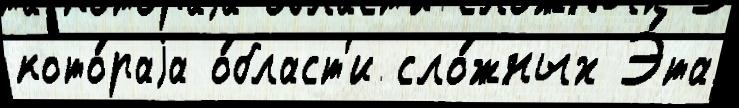
кото́раjа о́бласт'и сло́жных Э́та